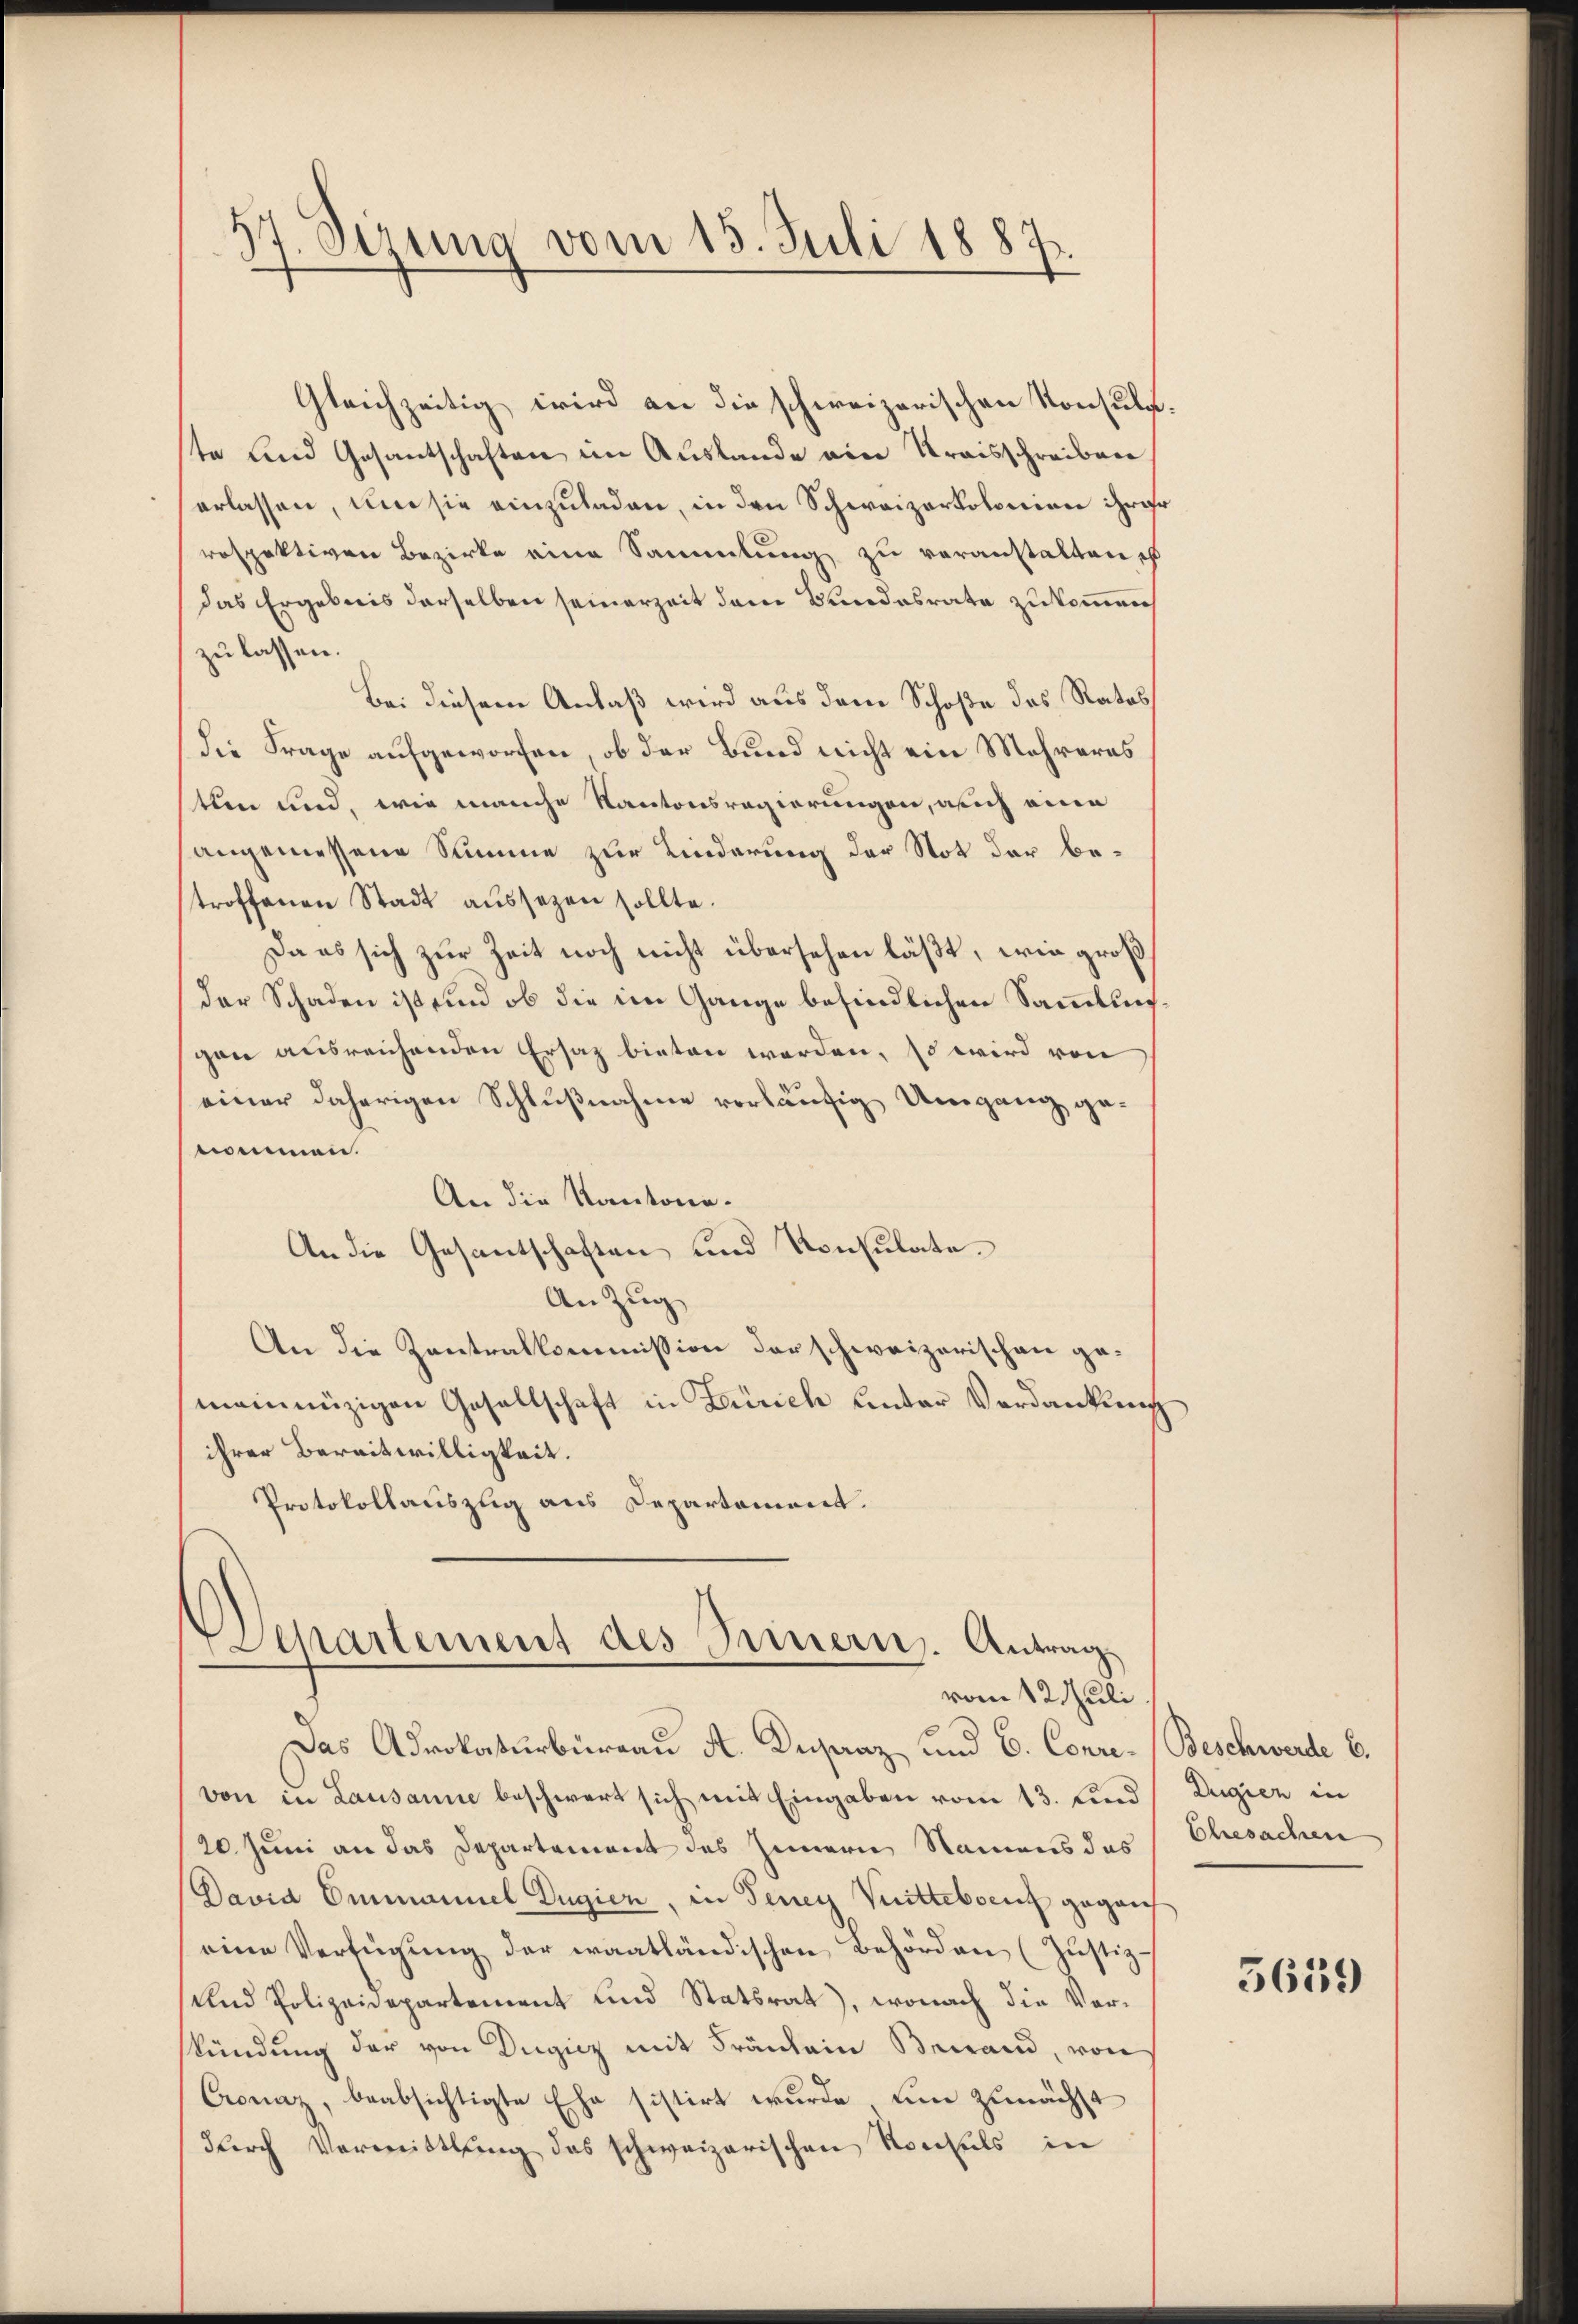
17. Sizung vom 15. Juli 1887.

Separtement des Innern. Antragvom 12. Juli

Das Adrokaturbüreau A. Deganz und C. Conre-Beschwerde E.
von in Lausanne beschwert sich mit Eingaben vom 13. sind
20. Juni an das Departement des Innern Namens das
David Emmannel Dugien, in Teney Mittelsen gegan
eine Verfügŭng der waatländischen Behörden (Justiz-
und Polizeidepartement und Statsrat), wonach die Vorkündung der von Dügicz mit Fräulein Bewand, von
Cronaz, beabsichtigte Ehe sistirt wurde, um zunächst
durch Vermittlung des schweizerischen Konsuls in

Gleichzeitig wird an die schweizerischen Konsuls.
te und Gesantschaften im Auslande ein Kraisschreibere
erlassen, um sie einzuladen, in den Schweizertolonien ihrer
rospektiven Bezirke eine Sammlung zu veranstalten ist
das Ergebnis derselben seinerzeit dem Bundesrate zukommen,
zu lassen.
Bei diesem Anlaß wird aus dem Schoße des Ratos
die Frage aufgeworfen, ob der Bund nicht ein Mehreres
ten und, wie manche Kantonsregierungen, auch eine
angemessene Summe zur Linderung der Not der betroffenen Stadt aŭssezen sollte.
Da es sich zur Zeit noch nicht übersehen läßt, wie großder Schaden ist und ob die im Gange befindlichen Sammlungen ausreichenden Ersaz bieten werden, so wird von
einer daherigen Schlußnahme vorläufig Umgang genommen.
An die Kantona-
An die Gesantschaften und Konsulate.
An Zug
An die Zentralkommission der schweizerischen gemeinnüzigen Gesellschaft in Zürich unter Verdankung
ihrer Bereitwilligkeit.
Protokollauszug aus Departement.

Dugien in
Ehesachen

5639